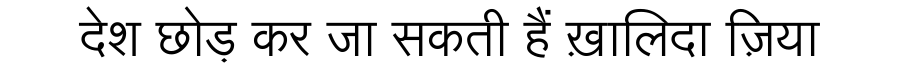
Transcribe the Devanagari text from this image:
देश छोड़ कर जा सकती हैं ख़ालिदा ज़िया